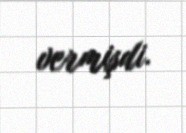
vermişdi.